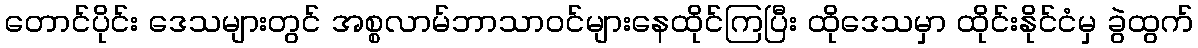
တောင်ပိုင်း ဒေသများတွင် အစ္စလာမ်ဘာသာဝင်များနေထိုင်ကြပြီး ထိုဒေသမှာ ထိုင်းနိုင်ငံမှ ခွဲထွက်